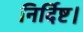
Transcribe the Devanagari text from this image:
निर्दिष्ट।